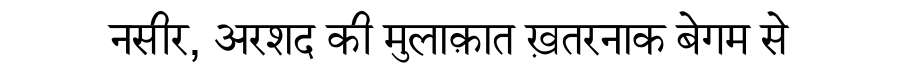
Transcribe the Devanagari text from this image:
नसीर, अरशद की मुलाक़ात ख़तरनाक बेगम से